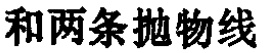
和两条抛物线